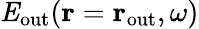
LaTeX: {\mathit E}_{\mathrm{out}}({\mathbf r}={\mathbf r}_{\mathrm{out}},\omega)